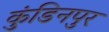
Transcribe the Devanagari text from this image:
कुंडिनपुर